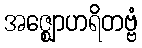
အဇ္ဈောဟရိတဗ္ဗံ